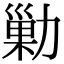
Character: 勦